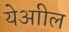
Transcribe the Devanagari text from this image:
येआील